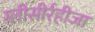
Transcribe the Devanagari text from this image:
ग्‍लीसीर्रहीजा